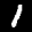
Label: 1